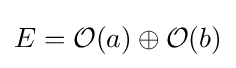
E={\mathcal {O}}(a)\oplus {\mathcal {O}}(b)